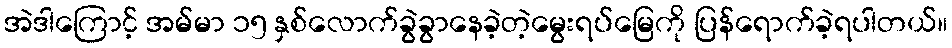
အဲဒါကြောင့် အမ်မာ ၁၅ နှစ်လောက်ခွဲခွာနေခဲ့တဲ့မွေးရပ်မြေကို ပြန်ရောက်ခဲ့ရပါတယ်။